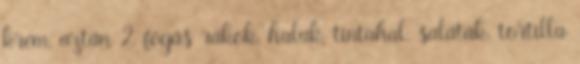
krém, aztán 2. fogás rákok, halak, tintahal, saláták, tortilla